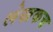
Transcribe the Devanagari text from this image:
लेखकच